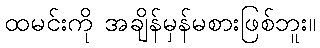
ထမင်းကို အချိန်မှန်မစားဖြစ်ဘူး။